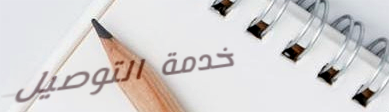
خدمة التوصيل